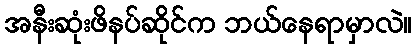
အနီးဆုံးဖိနပ်ဆိုင်က ဘယ်နေရာမှာလဲ။